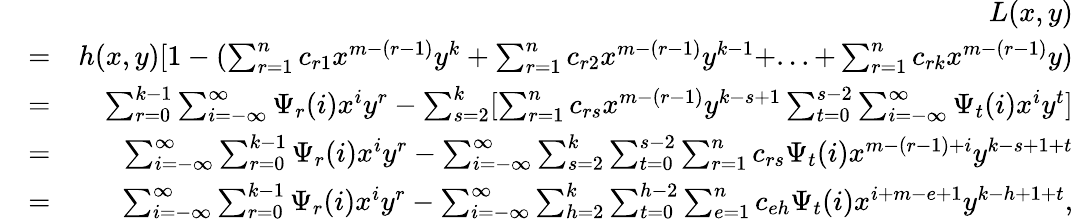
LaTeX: \begin{array}{rlr}&{}&{L(x,y)}\\ &{=}&{h(x,y)[1-(\sum_{r=1}^{n}c_{r1}x^{m-(r-1)}y^{k}+\sum_{r=1}^{n}c_{r2}x^{m-(r-1)}y^{k-1}+...+\sum_{r=1}^{n}c_{rk}x^{m-(r-1)}y)}\\ &{=}&{\sum_{r=0}^{k-1}\sum_{i=-\infty}^{\infty}\Psi_{r}(i)x^{i}y^{r}-\sum_{s=2}^{k}[\sum_{r=1}^{n}c_{rs}x^{m-(r-1)}y^{k-s+1}\sum_{t=0}^{s-2}\sum_{i=-\infty}^{\infty}\Psi_{t}(i)x^{i}y^{t}]}\\ &{=}&{\sum_{i=-\infty}^{\infty}\sum_{r=0}^{k-1}\Psi_{r}(i)x^{i}y^{r}-\sum_{i=-\infty}^{\infty}\sum_{s=2}^{k}\sum_{t=0}^{s-2}\sum_{r=1}^{n}c_{rs}\Psi_{t}(i)x^{m-(r-1)+i}y^{k-s+1+t}}\\ &{=}&{\sum_{i=-\infty}^{\infty}\sum_{r=0}^{k-1}\Psi_{r}(i)x^{i}y^{r}-\sum_{i=-\infty}^{\infty}\sum_{h=2}^{k}\sum_{t=0}^{h-2}\sum_{e=1}^{n}c_{eh}\Psi_{t}(i)x^{i+m-e+1}y^{k-h+1+t},}\end{array}